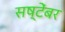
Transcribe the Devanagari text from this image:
सष्टेंबर